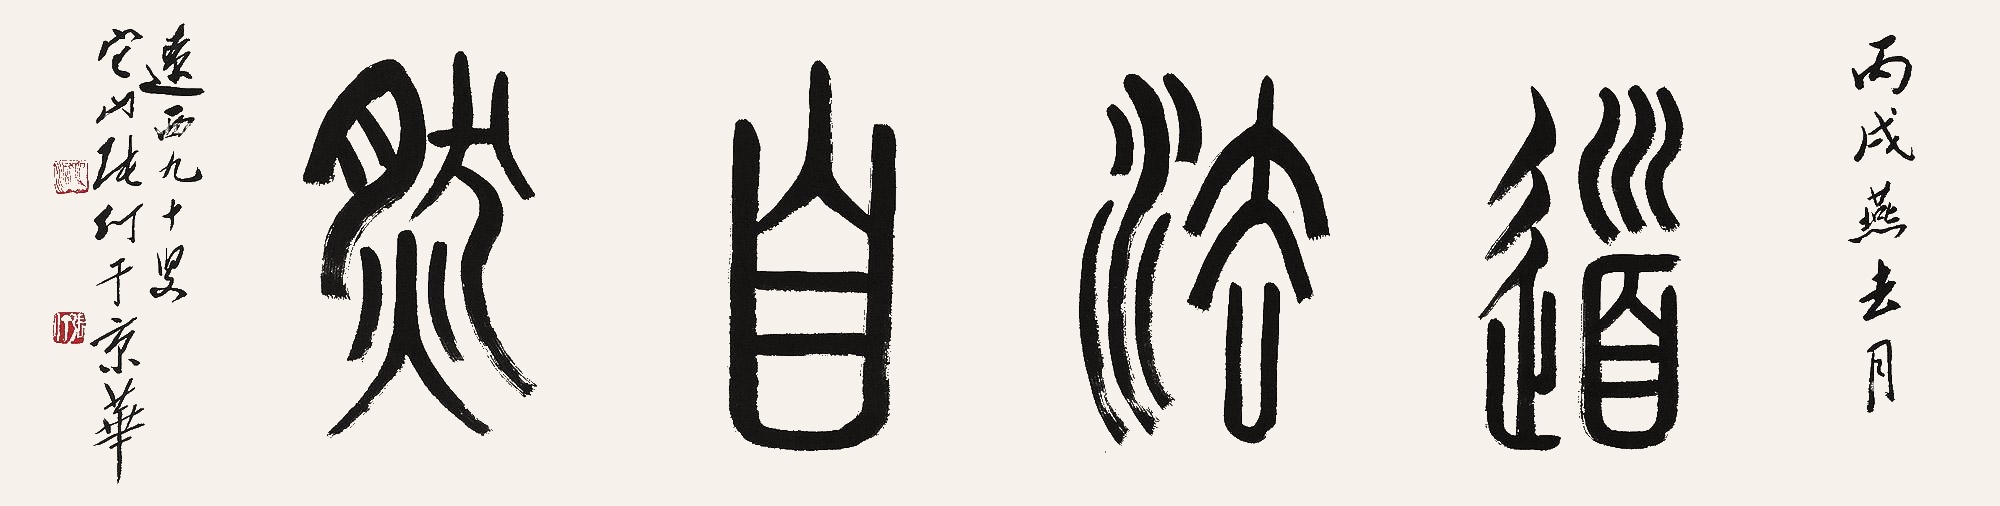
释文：道法自然丙戌燕去月，辽西九十叟它山张仃于京华。